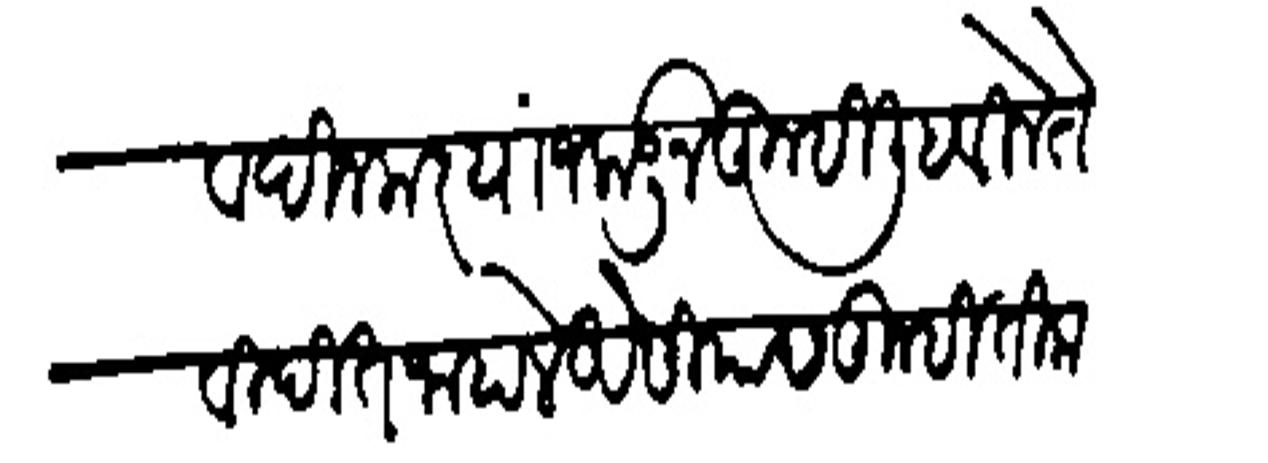
Transliteration (Devanagari): सदासिव दिनकर याजकडून तुम्ही लिहवले से विदित जाहाले ऐसियास तुम्ही तिकडे